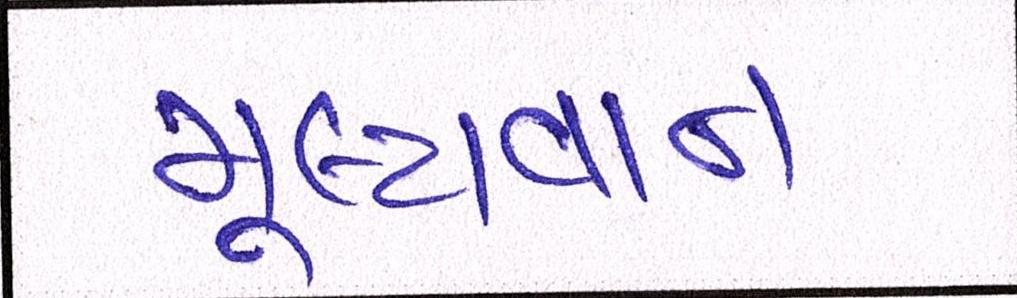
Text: મૂલ્યવાન